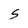
Character: S